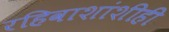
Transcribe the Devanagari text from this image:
रहिवाशांशीही